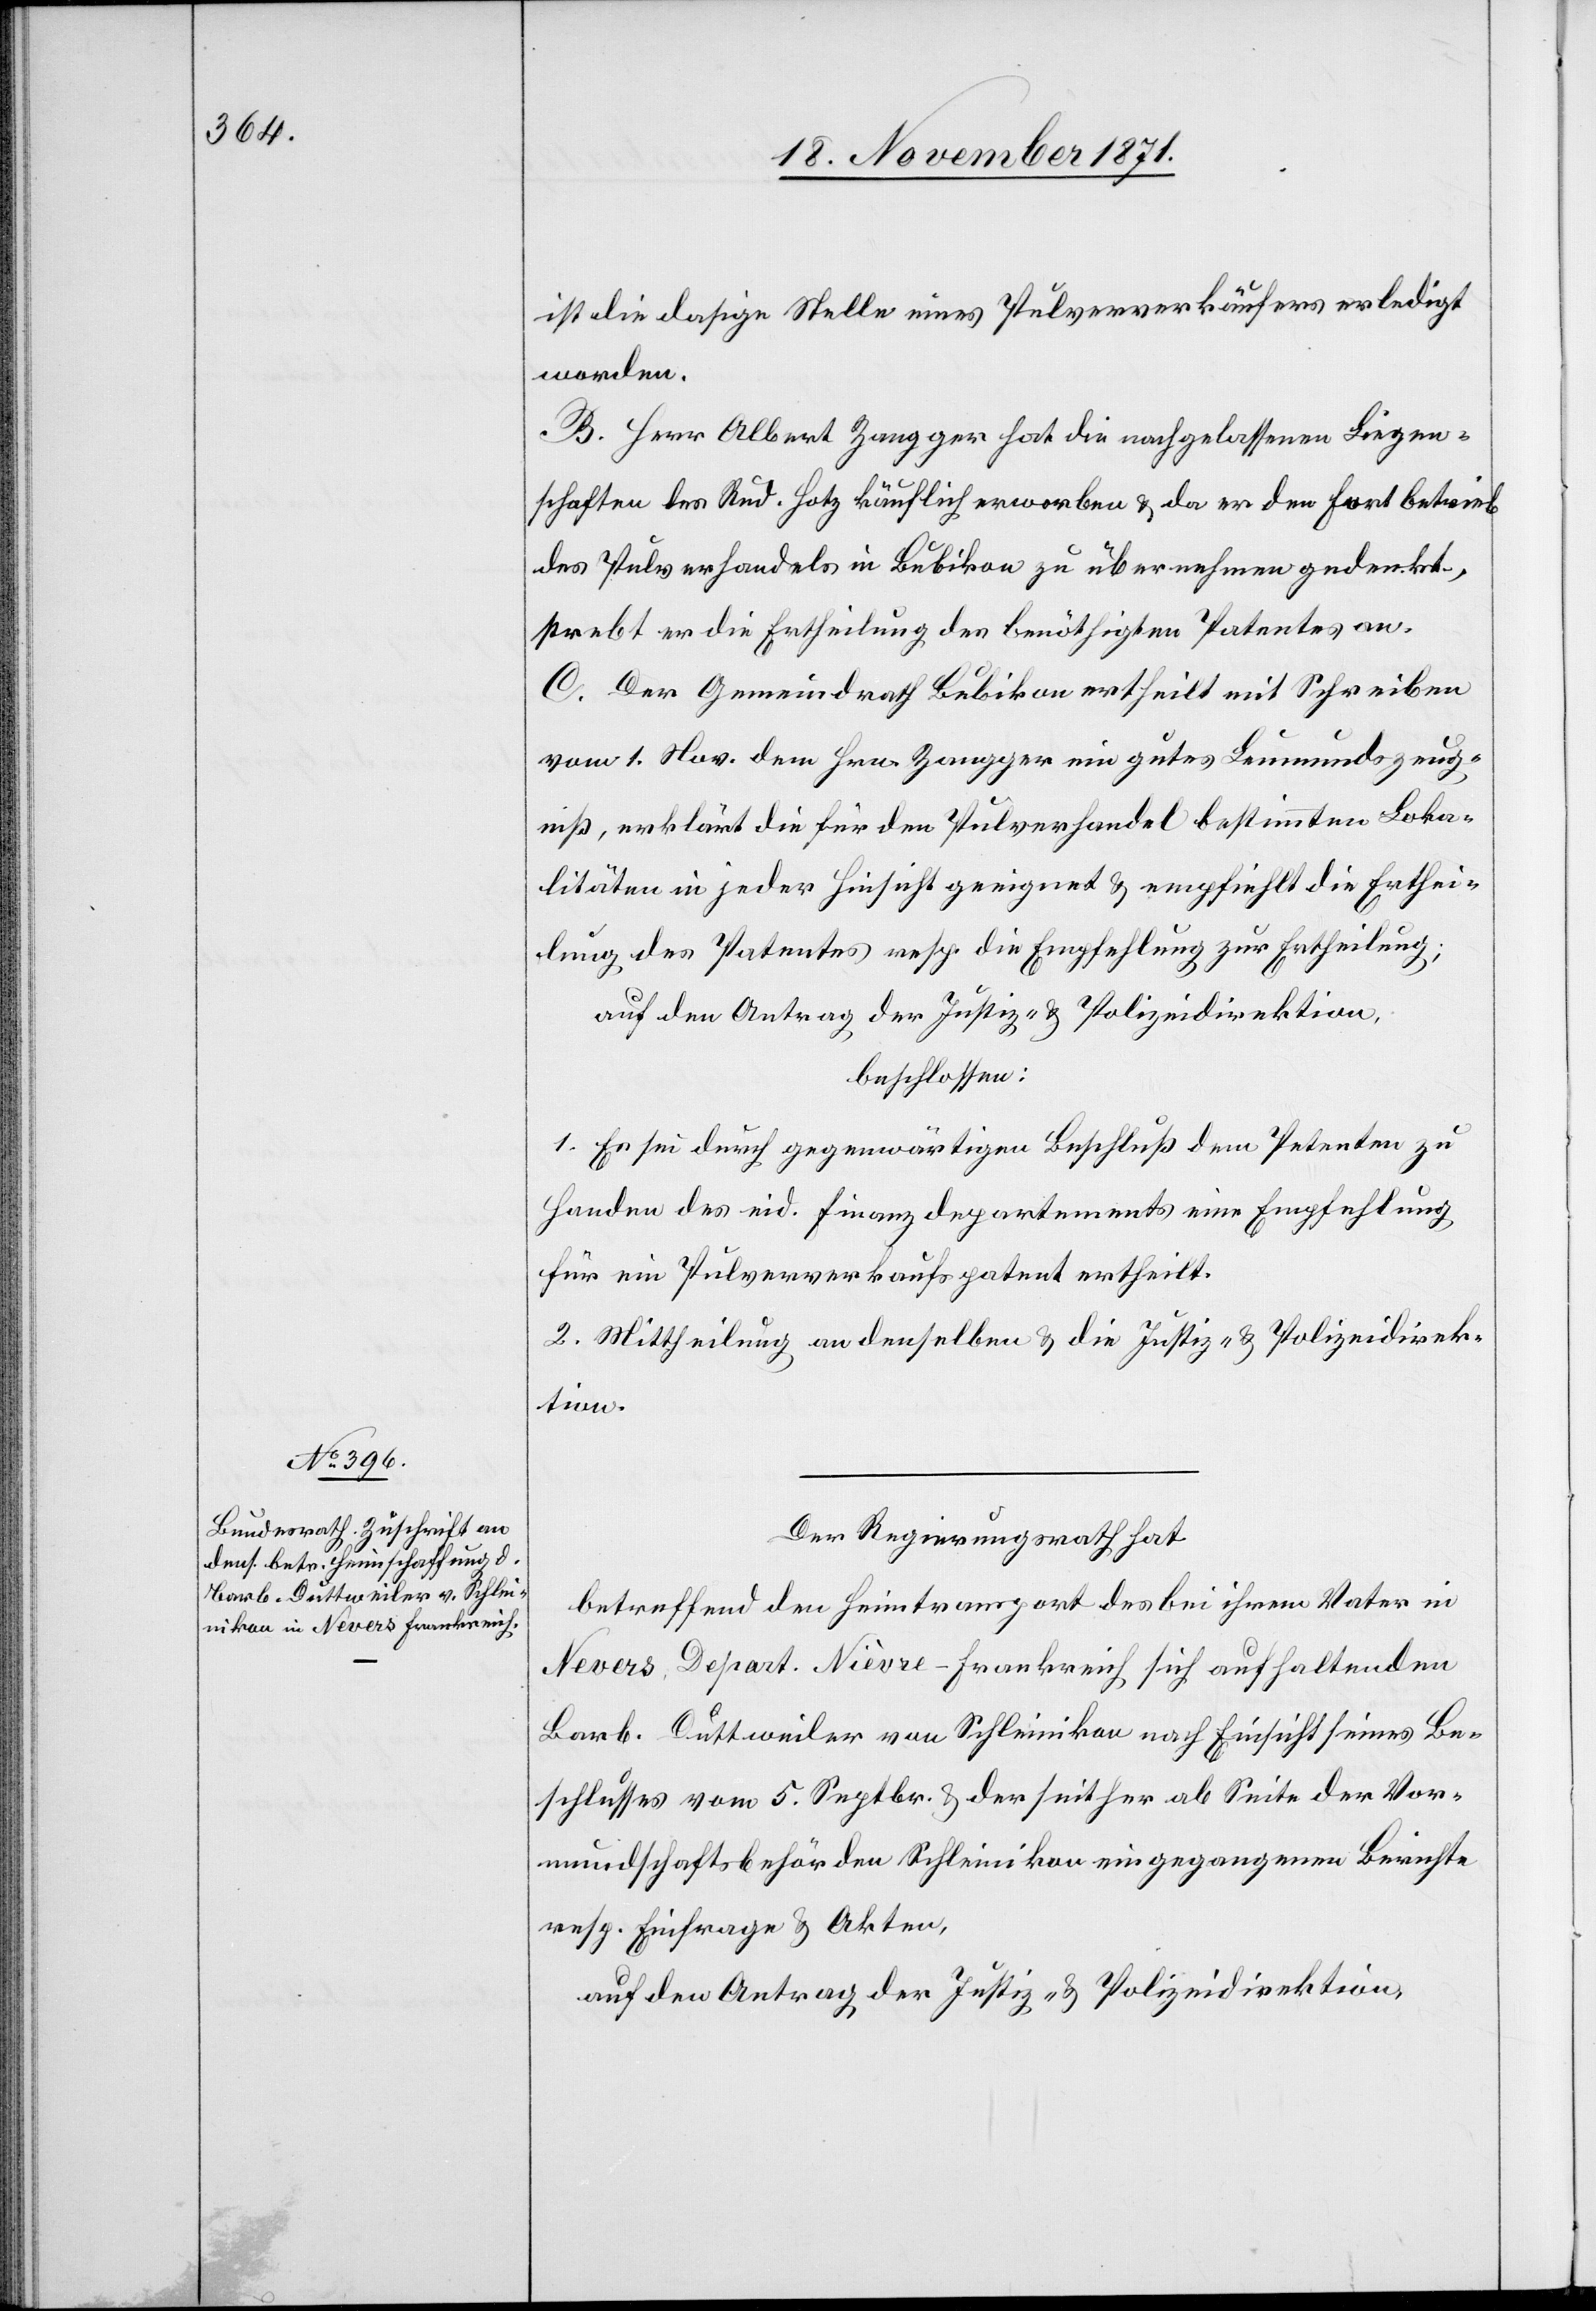
ist die dasige Stelle eines Pulververkäufers erledigt
worden.
B. Herr Albert Zangger hat die nachgelassenen Liegen¬
schaften des Rud. Hotz käuflich erworben & da er den Fortbetrieb
des Pulverhandels in Bubikon zu übernehmen gedenkt,
strebt er die Ertheilung des benöthigten Patentes an.
C. Der Gemeindrath Bubikon ertheilt mit Schreiben
vom 1. Nov. dem Hrn. Zangger ein gutes Leumundszeug¬
niß, erklärt die für den Pulverhandel bestimmten Loka¬
litäten in jeder Hinsicht geeignet & empfiehlt die Erthei¬
lung des Patentes resp. die Empfehlung zur Ertheilung;
auf den Antrag der Justiz- & Polizeidirektion,
beschlossen:
1. Es sei durch gegenwärtigen Beschluß dem Petenten zu
Handen des eid. Finanzdepartements eine Empfehlung
für ein Pulververkaufspatent ertheilt.
2. Mittheilung an denselben & die Justiz- & Polizeidirek¬
tion.
Der Regierungsrath hat,
betreffend den Heimtransport der bei ihrem Vater in
Nevers, Depart. Niève-Frankreich sich aufhaltenden
Barb. Duttweiler von Schleinikon nach Einsicht seines Be¬
schlusses vom 5. Septbr. & der seither ab Seite der Vor¬
mundschaftsbehörden Schleinikon eingegangenen Berichte
resp. Einfrage & Akten,
auf den Antrag der Justiz- & Polizeidirektion,